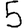
Digit: 5